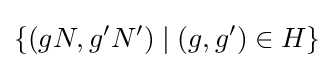
\{(gN,g'N')\mid (g,g')\in H\}